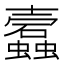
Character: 蠧